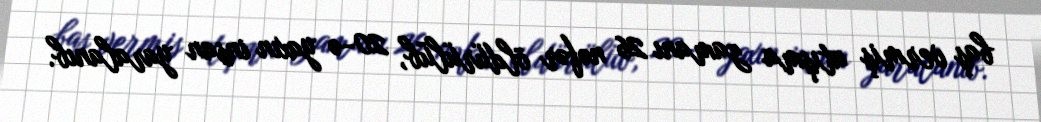
baş vermiş atışma zamanı 26 nəfər öldürülüb, 20-ə yaxın insan yaralanıb.